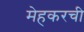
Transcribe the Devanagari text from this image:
मेहकरची